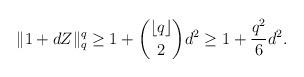
LaTeX: \begin{align*} \|1+dZ\|_{q}^{q} \ge 1 + \binom{\lfloor q \rfloor}{2} d^2 \ge 1 + \frac{q^2}{6} d^2. \end{align*}